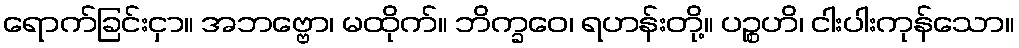
ရောက်ခြင်းငှာ။ အဘဗ္ဗော၊ မထိုက်။ ဘိက္ခဝေ၊ ရဟန်းတို့။ ပဉ္စဟိ၊ ငါးပါးကုန်သော။